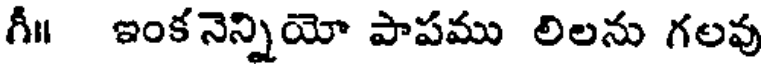
గీ॥ ఇంకనెన్నియో పాపము లిలను గలవు